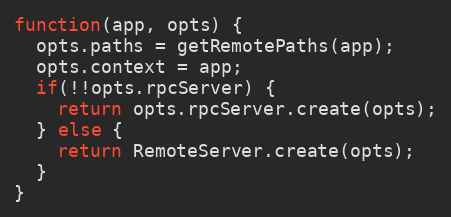
Language: JavaScript
function(app, opts) {
  opts.paths = getRemotePaths(app);
  opts.context = app;
  if(!!opts.rpcServer) {
    return opts.rpcServer.create(opts);
  } else {
    return RemoteServer.create(opts);
  }
}